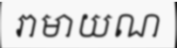
រាមាយណ